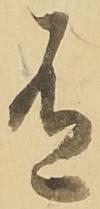
有